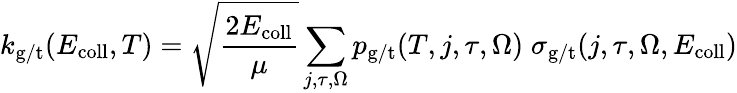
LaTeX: k_{\mathrm{g/t}}(E_{\mathrm{coll}},T)=\sqrt{\frac{2E_{\mathrm{coll}}}{\mu}}\sum_{j,\tau,\Omega}p_{\mathrm{g/t}}(T,j,\tau,\Omega)\; \sigma_{\mathrm{g/t}}(j,\tau,\Omega,E_{\mathrm{coll}})